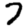
Digit: 7